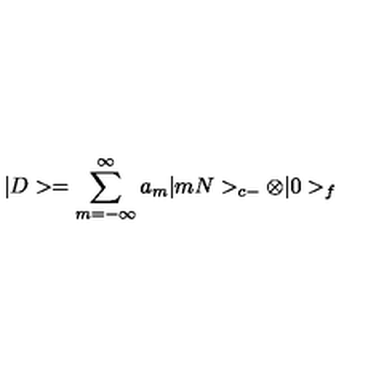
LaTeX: | D > = \sum _ { m = - \infty } ^ { \infty } a _ { m } | m N > _ { c - } \otimes | 0 > _ { f }